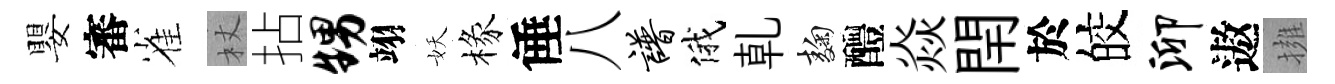
嬰審雀杖拈甥翊妖椽倕八谱俄乹麹醴焱閈於皎泖遨擁